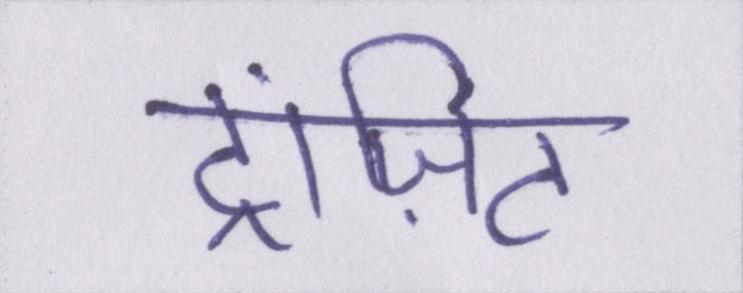
ट्रांज़िट